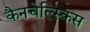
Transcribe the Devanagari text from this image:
कैनचेल्स्किस